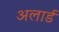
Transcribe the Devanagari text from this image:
अलार्ड